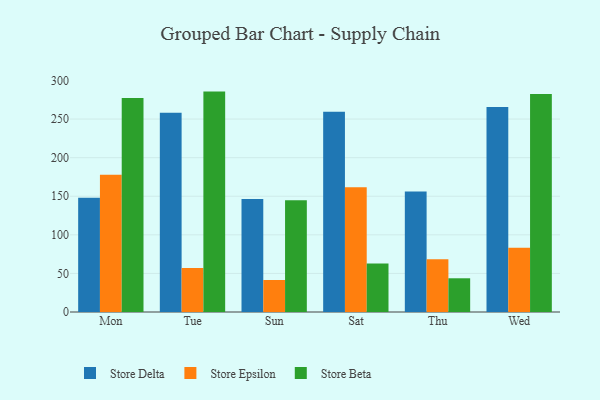
{"axis": {"x": "Day", "y": "Latency (ms)"}, "legend": ["Store Beta", "Store Delta", "Store Epsilon"], "data": [{"x": "Mon", "y": 148.1, "type": "Store Delta"}, {"x": "Mon", "y": 177.8, "type": "Store Epsilon"}, {"x": "Mon", "y": 277.4, "type": "Store Beta"}, {"x": "Tue", "y": 258.2, "type": "Store Delta"}, {"x": "Tue", "y": 57.1, "type": "Store Epsilon"}, {"x": "Tue", "y": 285.6, "type": "Store Beta"}, {"x": "Sun", "y": 146.4, "type": "Store Delta"}, {"x": "Sun", "y": 41.5, "type": "Store Epsilon"}, {"x": "Sun", "y": 144.9, "type": "Store Beta"}, {"x": "Sat", "y": 259.4, "type": "Store Delta"}, {"x": "Sat", "y": 161.8, "type": "Store Epsilon"}, {"x": "Sat", "y": 62.8, "type": "Store Beta"}, {"x": "Thu", "y": 156.1, "type": "Store Delta"}, {"x": "Thu", "y": 68.2, "type": "Store Epsilon"}, {"x": "Thu", "y": 43.7, "type": "Store Beta"}, {"x": "Wed", "y": 265.8, "type": "Store Delta"}, {"x": "Wed", "y": 83.2, "type": "Store Epsilon"}, {"x": "Wed", "y": 282.5, "type": "Store Beta"}]}